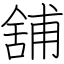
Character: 舖